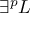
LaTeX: \exists ^ { p } L